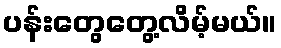
ပန်းတွေတွေ့လိမ့်မယ်။